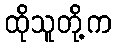
ထိုသူတို့က